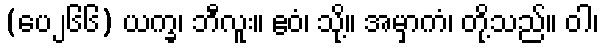
(ပေ၂၆၆) ယက္ခ၊ ဘီလူး။ ဧဝံ၊ သို့။ အမှာကံ၊ တို့သည်။ ဝါ၊